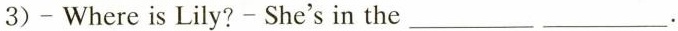
3) -Where is Lily? -She's in the ___ ___.